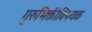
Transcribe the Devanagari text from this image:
गुरुभिक्तीविषयक